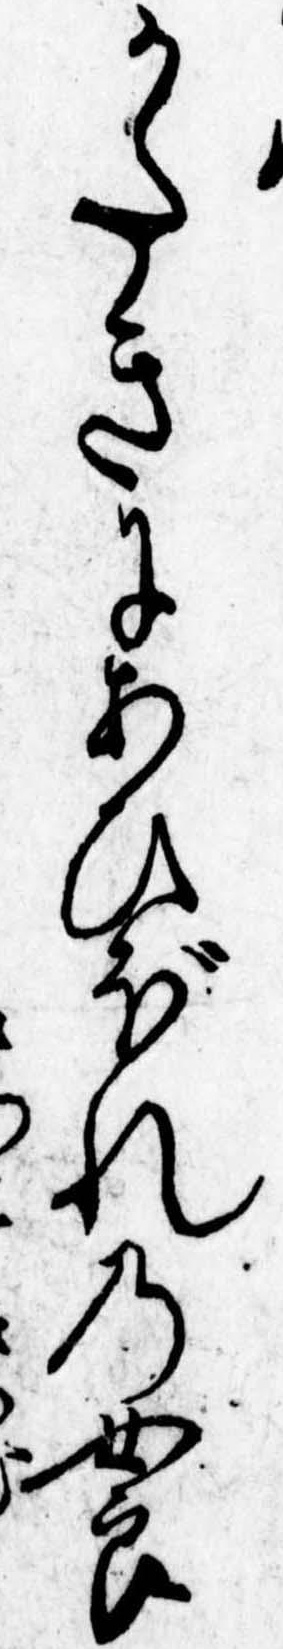
かたきにあひぼれの女良